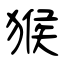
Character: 猴